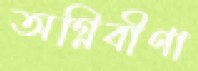
অগ্নিবীণা